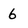
Character: 6